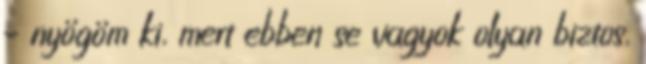
– nyögöm ki, mert ebben se vagyok olyan biztos,